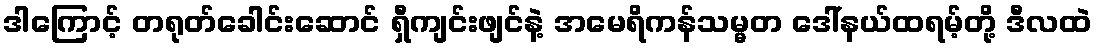
ဒါကြောင့် တရုတ်ခေါင်းဆောင် ရှီကျင်းဖျင်နဲ့ အမေရိကန်သမ္မတ ဒေါ်နယ်ထရမ့်တို့ ဒီလထဲ